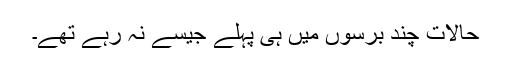
حالات چند برسوں میں ہی پہلے جیسے نہ رہے تھے۔